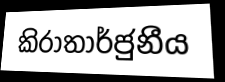
කිරාතාර්ජුනීය